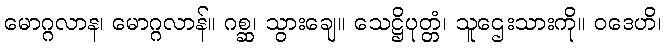
မောဂ္ဂလာန၊ မောဂ္ဂလာန်။ ဂစ္ဆ၊ သွားချေ။ သေဋ္ဌိပုတ္တံ၊ သူဌေးသားကို။ ဝဒေဟိ၊